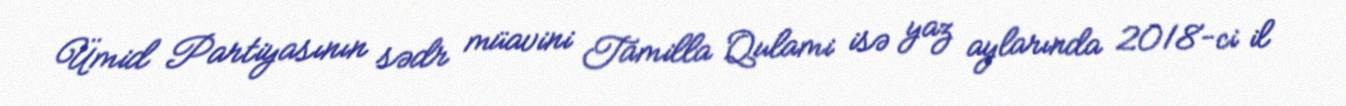
Ümid Partiyasının sədr müavini Tamilla Qulami isə yaz aylarında 2018-ci il